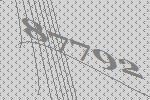
87792